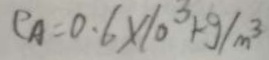
\rho A = 0 . 6 \times 1 0 ^ { 3 } k g / m ^ { 3 }